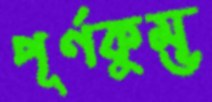
পূর্ণকুম্ভ